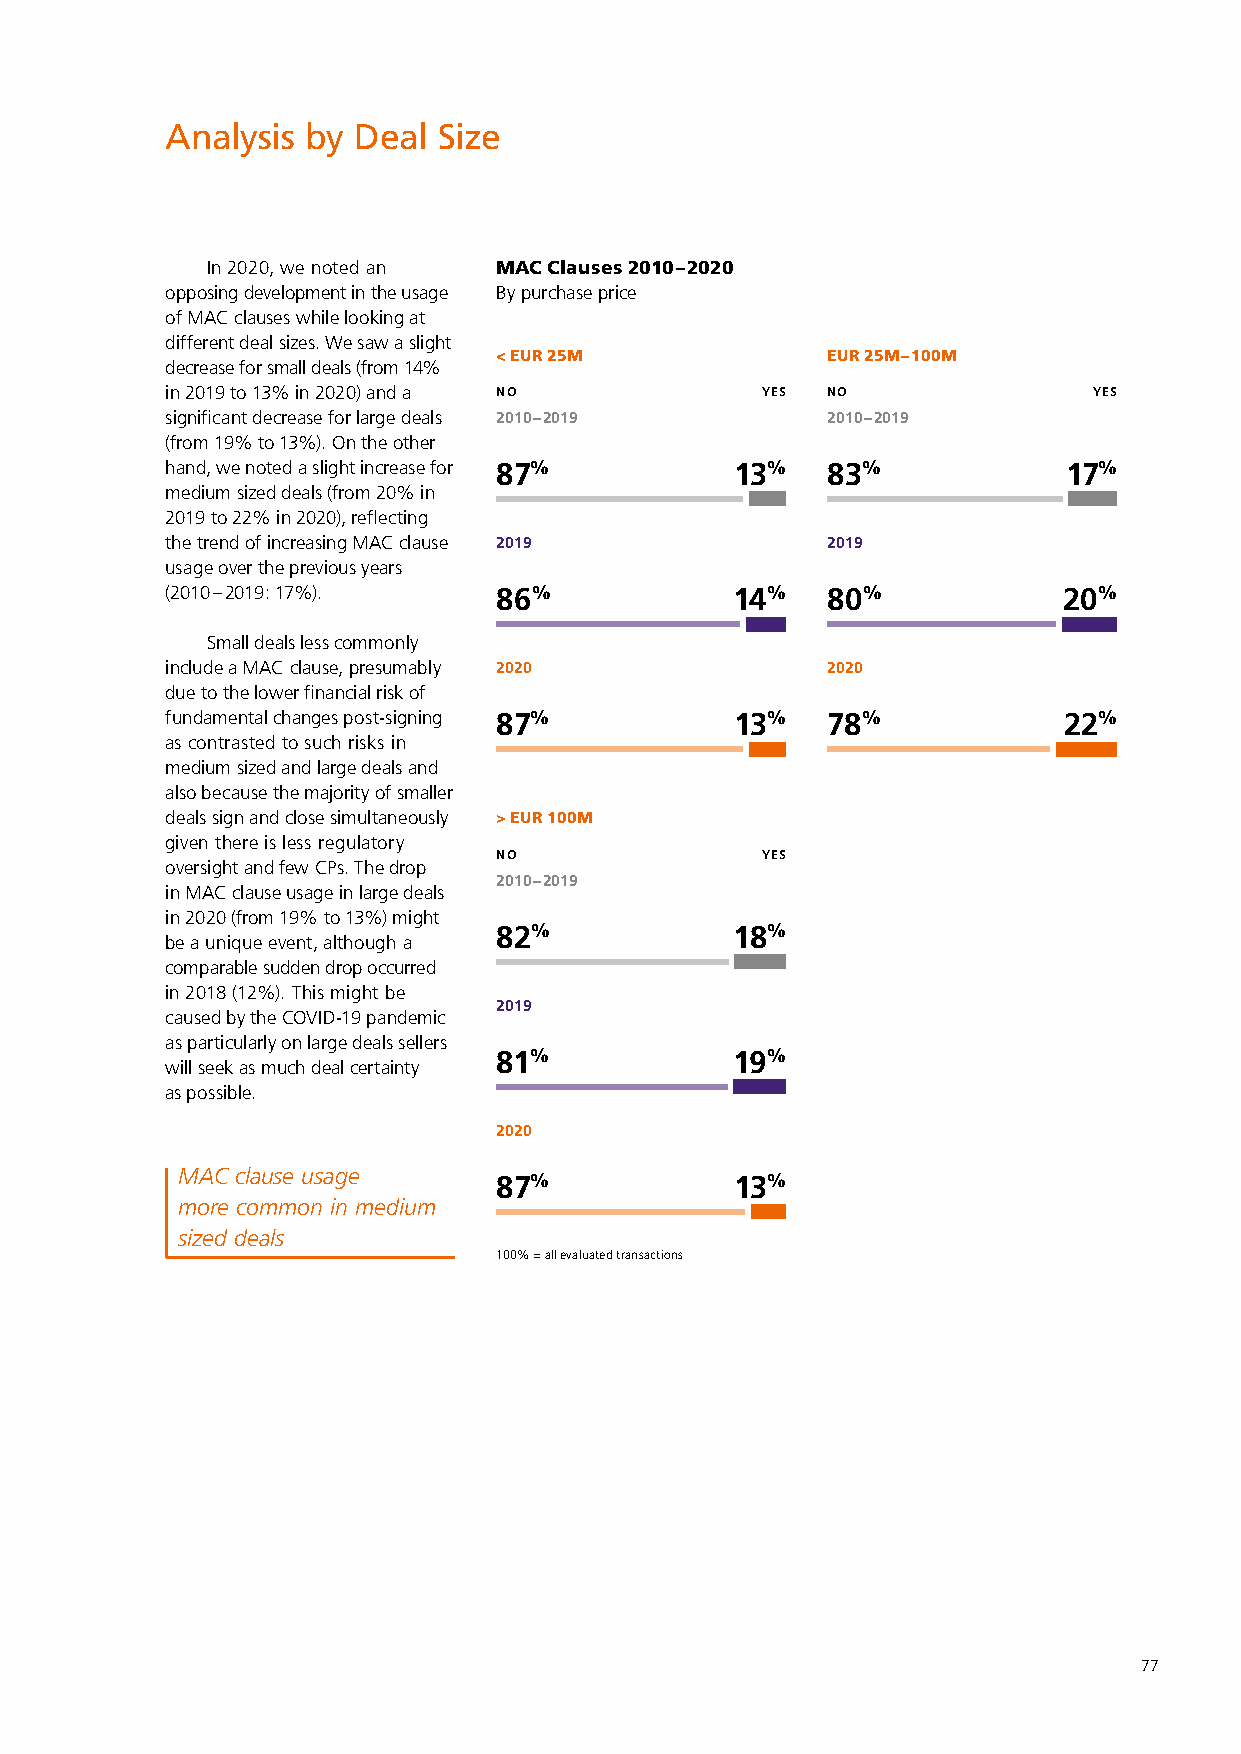
Analysis by Deal  Size
 In 2020, we noted an MAC Clauses 2010 – 2020
 opposing development in the usage By purchase price
 of MAC clauses while looking at
 different deal sizes. We saw a slight
 < EUR 25M             EUR 25M – 100M
 decrease for small deals (from 14%
 in 2019 to 13% in 2020) and a NO       YES  NO               YES
 significant decrease for large deals 2010 – 2019 2010 – 2019
 (from 19% to 13%). On the other
 hand, we noted a slight increase for 87% 13% 83%            17%
 medium sized deals (from 20% in
 2019 to 22% in 2020), reflecting
 the trend of increasing MAC clause 2019     2019
 usage over the previous years
 (2010 – 2019: 17%).   86%            14%    80%            20%
 Small deals less commonly
 include a MAC clause, presumably 2020       2020
 due to the lower financial risk of
 fundamental changes post-signing 87%  13%   78%            22%
 as contrasted to such risks in
 medium sized and large deals and
 also because the majority of smaller
 deals sign and close simultaneously > EUR 100M
 given there is less regulatory
 NO               YES
 oversight and few CPs. The drop
 2010 – 2019
 in MAC clause usage in large deals
 in 2020 (from 19% to 13%) might
 82%            18%
 be a unique event, although a
 comparable sudden drop occurred
 in 2018 (12%). This might be
 2019
 caused by the COVID-19 pandemic
 as particularly on large deals sellers
 81%             19%
 will seek as much deal certainty
 as possible.
 2020
 MAC clause usage
 87%             13%
 more common in medium
 sized deals
 100% = all evaluated transactions
 77